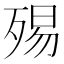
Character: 𣨟